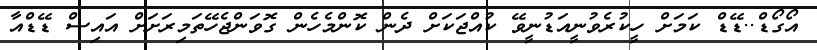
އޯގޯޑް..ޑޭޑް ކަމަށް ހީކުރެވުނީއަޑުނީވޭ ކުއްޖަކަށް ދެން ކޮންމެހެން ގޮވަންޖެހޭތަމިރަށަށް އައިސް ޑޭޑްއާ